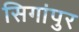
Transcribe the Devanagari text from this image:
सिगांपुर